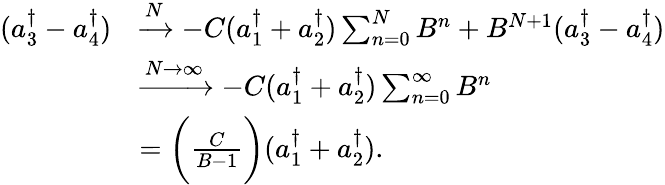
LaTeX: \begin{array}{rl}{(a_{3}^{\dagger}-a_{4}^{\dagger})}&{\xrightarrow{N}-C(a_{1}^{\dagger}+a_{2}^{\dagger})\sum_{n=0}^{N}B^{n}+B^{N+1}(a_{3}^{\dagger}-a_{4}^{\dagger})}\\ &{\xrightarrow{N\rightarrow\infty}-C(a_{1}^{\dagger}+a_{2}^{\dagger})\sum_{n=0}^{\infty}B^{n}}\\ &{=\bigg(\frac{C}{B-1}\bigg)(a_{1}^{\dagger}+a_{2}^{\dagger}).}\end{array}